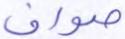
صواف